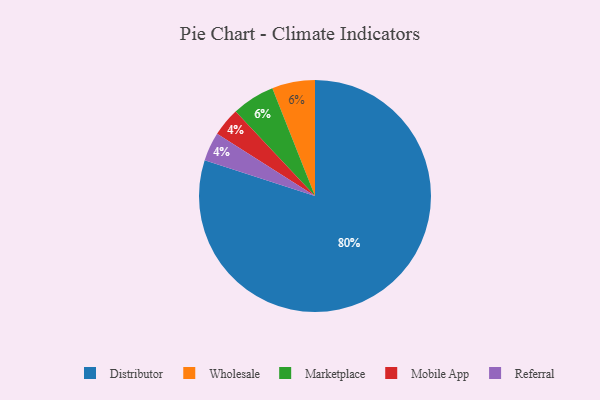
{"axis": {"x": "Category", "y": "Percentage"}, "legend": ["Distributor", "Marketplace", "Mobile App", "Referral", "Wholesale"], "data": [{"x": "Distributor", "y": 80, "type": "Distributor"}, {"x": "Wholesale", "y": 6, "type": "Wholesale"}, {"x": "Mobile App", "y": 4, "type": "Mobile App"}, {"x": "Referral", "y": 4, "type": "Referral"}, {"x": "Marketplace", "y": 6, "type": "Marketplace"}]}